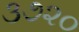
૩૭૨૦